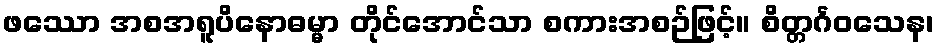
ဖဿော အစအရူပိနောဓမ္မာ တိုင်အောင်သာ စကားအစဉ်ဖြင့်။ စိတ္တင်္ဂဝသေန၊